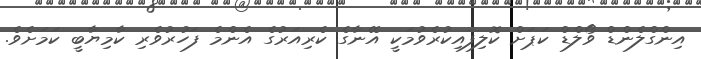
އިންގްލެންޑް ވޯލްޑް ކަޕަށް ކޮލިފައިކުރެވުމަކީ އޭނާގެ ކެރިއަރުގެ އެންމެ ފަހުރުވެރި ކާމިޔާބީ ކަމަށެވެ.